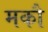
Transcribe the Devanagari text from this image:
मकौ